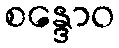
စန္ဒောဝ